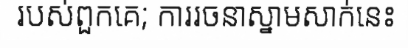
របស់ពួកគេ; ការរចនាស្នាមសាក់នេះ